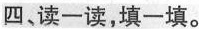
四、读一读，填一填。